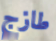
طازج